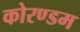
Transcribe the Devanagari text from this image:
कोरण्डम